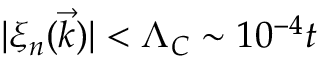
| \xi _ { n } ( \vec { k } ) | < \Lambda _ { C } \sim 1 0 ^ { - 4 } t